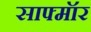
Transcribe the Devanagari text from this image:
साफ्मॉर